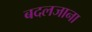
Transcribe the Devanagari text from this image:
बदलजाना